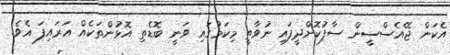
އެކަން ޖޭއެސްސީން ސާފުކޮށްދީފައި ނުވާތީ މިކަމުގައި ވަނީ ބޮޑެތި އޮޅުންތަކެއް އަރައިފަ އެވެ.